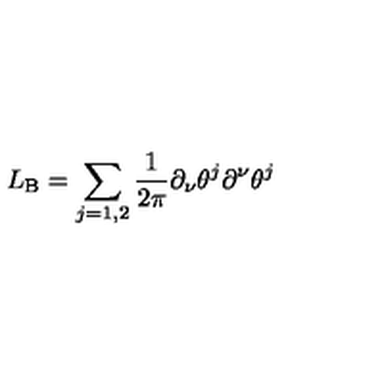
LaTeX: L _ { \mathrm { B } } = \sum _ { j = 1 , 2 } \frac { 1 } { 2 \pi } \partial _ { \nu } \theta ^ { j } \partial ^ { \nu } \theta ^ { j }